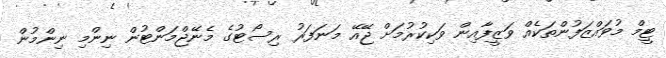
ޓީމް މުވައްޒަފުންތަކެއް ވަޒީފާއިން ވަކިކުރުމަށް ޖޭއޭ މަނަފަރު ރިސޯޓުގެ މެނޭޖްމަންޓުން ނިންމި ނިންމުން